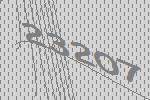
23207